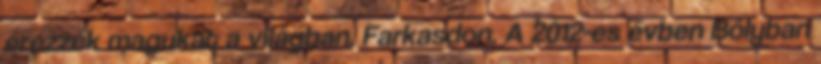
érezzék magukat a világban. Farkasdon. A 2012-es évben Bólyban